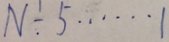
N \div 5 \cdots 1